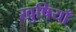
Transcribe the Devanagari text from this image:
खुषियाँ